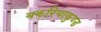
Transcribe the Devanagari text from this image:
बकरियाकुण्ड